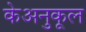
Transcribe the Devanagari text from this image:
केअनुकूल